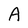
Character: A